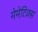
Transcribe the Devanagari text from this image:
मेमेटिक्स